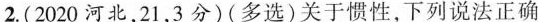
2.(2020 河北，21，3分)(多选)关于惯性，下列说法正确